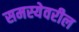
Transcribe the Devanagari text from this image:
समस्येवरील